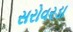
સરોવરડા